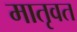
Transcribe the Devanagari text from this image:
मातृवत